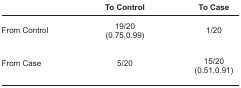
<table><thead><tr><td></td><td><b>To Control</b></td><td><b>To Case</b></td></tr></thead><tbody><tr><td>From Control</td><td>19/20 (0.75,0.99)</td><td>1/20</td></tr><tr><td>From Case</td><td>5/20</td><td>15/20 (0.51,0.91)</td></tr></tbody></table>